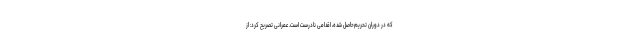
که در دوران تحریم‌حاصل شده، اقدامی نادرست است. عمرانی تصریح کرد: از